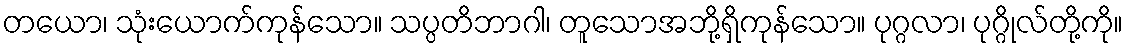
တယော၊ သုံးယောက်ကုန်သော။ သပ္ပတိဘာဂါ၊ တူသောအဘို့ရှိကုန်သော။ ပုဂ္ဂလာ၊ ပုဂ္ဂိုလ်တို့ကို။